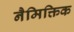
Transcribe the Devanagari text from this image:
नैमिक्तिक